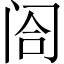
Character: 𬮤